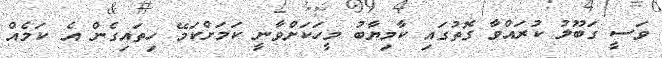
ވަސީ ގަބޫލު ކުރައްވާ ގޮތުގައި ކާމިޔާބު މީހަކަށްވާނީ ކަމަށްކަމޭ ހިތައިގެން އެ ކަމެއް